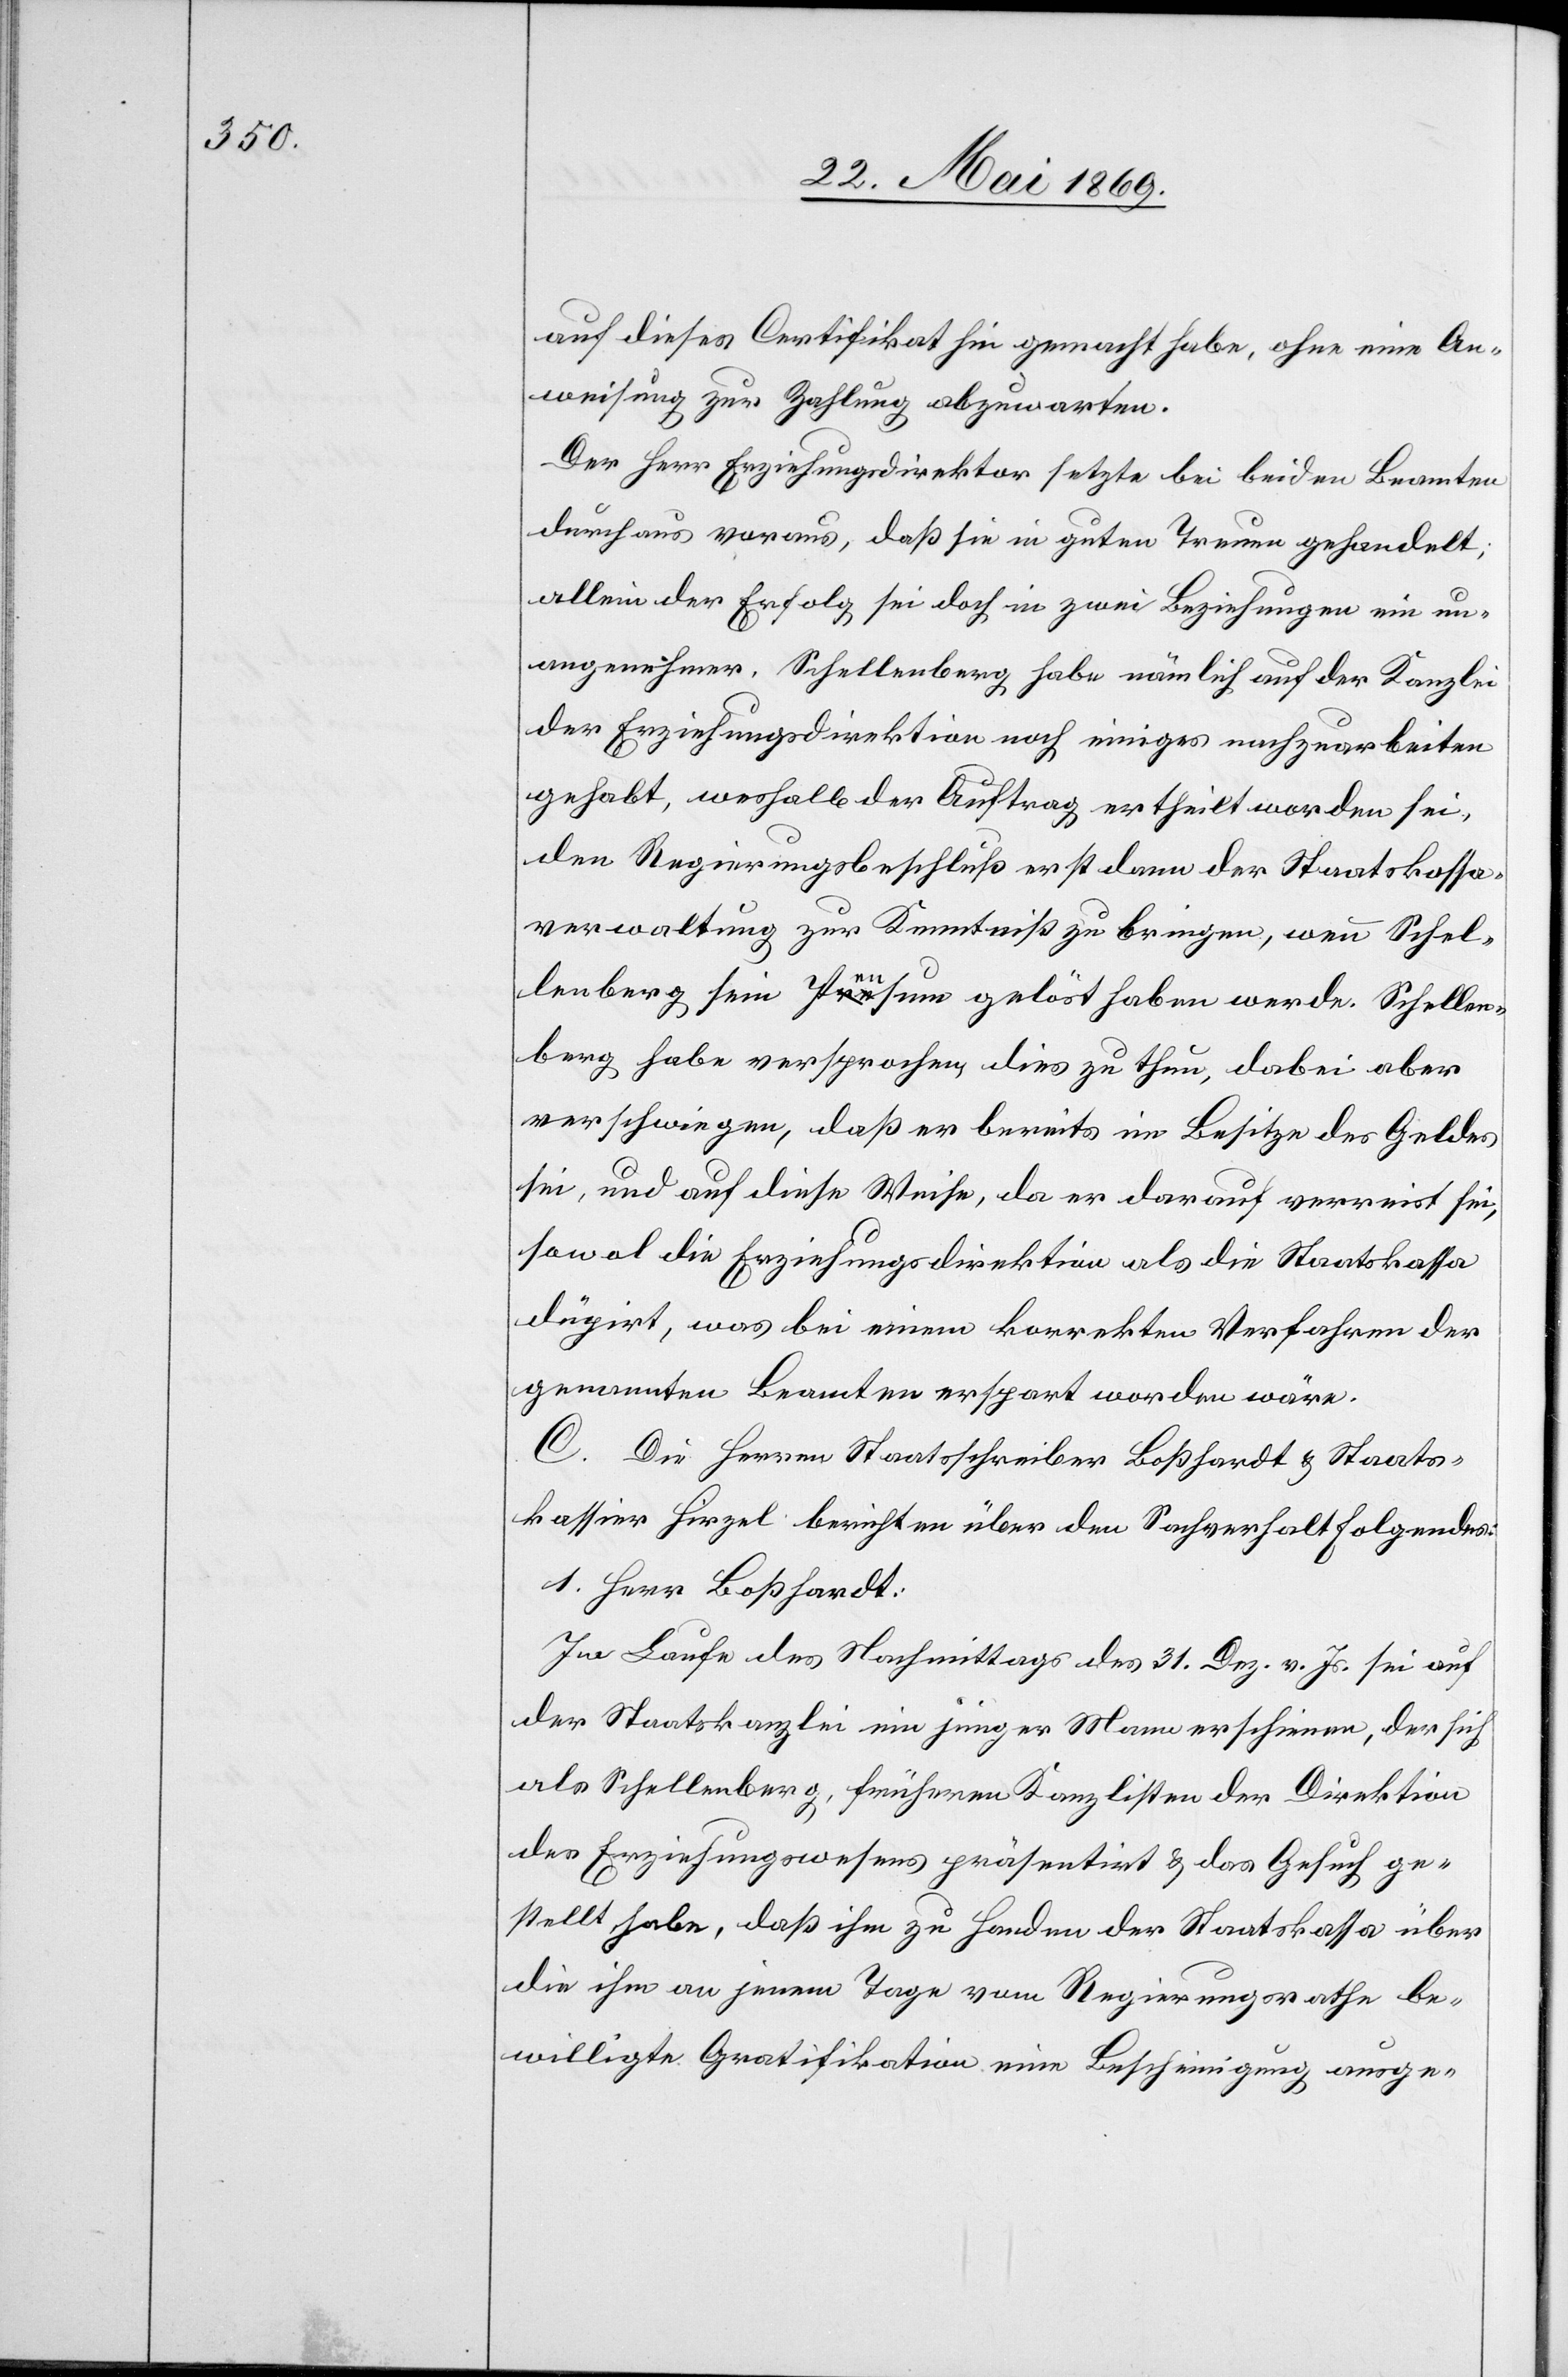
auf dieses Certifikat hin gemacht habe, ohne eine An¬
weisung zur Zahlung abzuwarten.
Der Herr Erziehungsdirektor setzte bei beiden Beamten
durchaus voraus, daß sie in guten Treuen gehandelt;
allein der Erfolg sei doch in zwei Beziehungen ein un¬
angenehmer. Schellenberg habe nämlich auf der Kanzlei
der Erziehungsdirektion noch einiges nachzuarbeiten
gehabt, weshalb der Auftrag ertheilt worden sei,
den Regierungsbeschluß erst dann der Staatskassa¬
verwaltung zur Kenntniß zu bringen, wenn Schel¬
lenberg sein Pensum gelöst haben werde. Schellen¬
berg habe versprochen dies zu thun, dabei aber
verschwiegen, daß er bereits im Besitze des Geldes
sei, und auf diese Weise, da er darauf verreist sei,
sowol die Erziehungsdirektion als die Staatskassa
düpirt, was bei einem korrekten Verfahren der
genannten Beamten erspart worden wäre.
C. Die Herren Staatsschreiber Boßhardt u. Staats¬
kassier Hirzel berichten über den Sachverhalt folgendes:
1. Herr Boßhardt:
Im Laufe des Nachmittags des 31. Dez. v. Js. sei auf
der Staatskanzlei ein jüngerer Mann erschienen, der sich
als Schellenberg, frühern Kanzlisten der Direktion
des Erziehungswesens präsentirt u. das Gesuch ge¬
stellt habe, daß ihm zu Handen der Staatskassa über
die ihm an jenem Tage vom Regierungsrathe be¬
willigte Gratifikation eine Bescheinigung ausge-